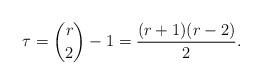
LaTeX: \begin{align*} \tau = \binom{r}{2} - 1 = \frac{(r+1)(r-2)}{2}.\end{align*}